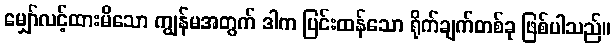
မျှော်လင့်ထားမိသော ကျွန်မအတွက် ဒါက ပြင်းထန်သော ရိုက်ချက်တစ်ခု ဖြစ်ပါသည်။